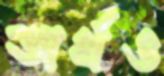
অর্থও